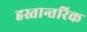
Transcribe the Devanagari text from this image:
हस्तान्तरिक